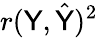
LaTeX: r(\mathsf{Y},{\hat{{\mathsf{Y}}}})^{2}